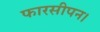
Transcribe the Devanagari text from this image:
फारसीपन।